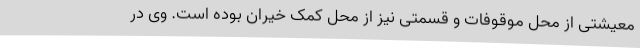
معیشتی از محل موقوفات و قسمتی نیز از محل کمک خیران بوده است. وی در